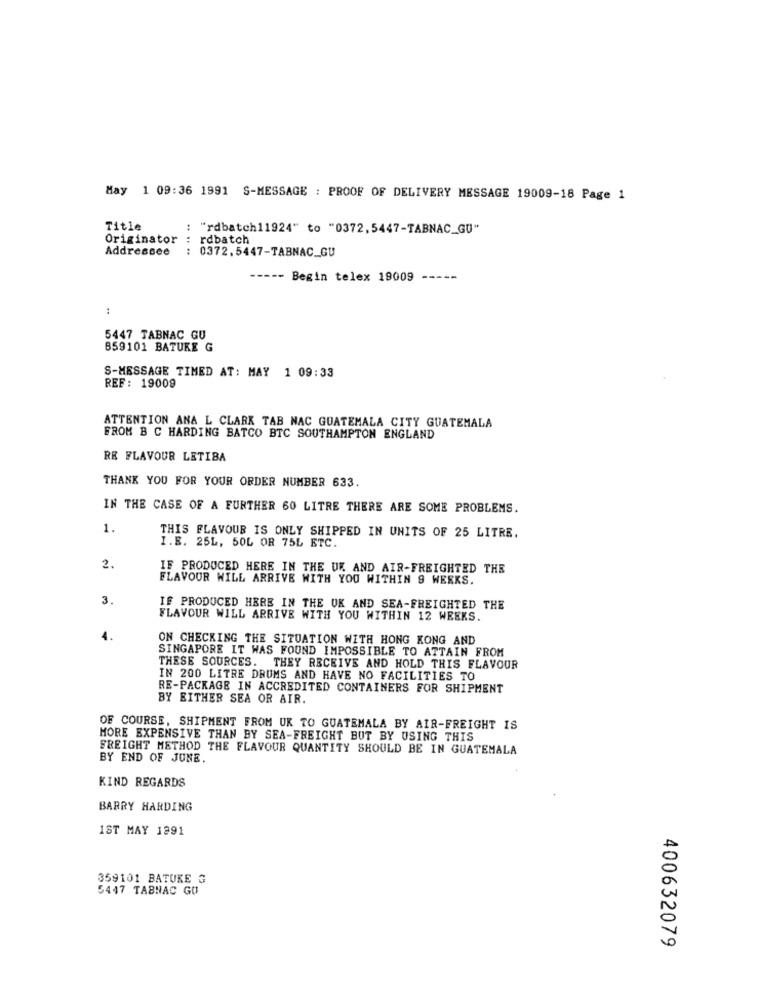
May 1 09:36 1991 S-MESSAGE : PROOF OF DELIVERY MESSAGE 19009-18 Page 1
Title
"rdbatch11924" to "0372,5447-TABNAC_GU"
Originator : rdbatch
Addressee
: 0372.5447-TABNAC_GU
----- Begin telex 19009
:
5447 TABNAC GU
859101 BATURE G
S-MESSAGE TIMED AT: MAY 1 09:33
REF: 19009
ATTENTION ANA L CLARK TAB NAC GUATEMALA CITY GUATEMALA
FROM B C HARDING BATCO BTC SOUTHAMPTON ENGLAND
RE FLAVOUR LETIBA
THANK YOU FOR YOUR ORDER NUMBER 633.
IN THE CASE OF A FURTHER 60 LITRE THERE ARE SOME PROBLEMS.
1.
THIS FLAVOUR IS ONLY SHIPPED IN UNITS OF 25 LITRE.
I.E. 25L, 50L OR 75L ETC.
2.
IF PRODUCED HERE IN THE UK AND AIR-FREIGHTED THE
FLAVOUR WILL ARRIVE WITH YOU WITHIN 9 WEEKS.
3.
IF PRODUCED HERE IN THE UK AND SEA-FREIGHTED THE
FLAVOUR WILL ARRIVE WITH YOU WITHIN 12 WEEKS.
-
ON CHECKING THE SITUATION WITH HONG KONG AND
SINGAPORE IT WAS FOUND IMPOSSIBLE TO ATTAIN FROM
THESE SOURCES. THEY RECEIVE AND HOLD THIS FLAVOUR
IN 200 LITRE DRUMS AND HAVE NO FACILITIES TO
RE-PACKAGE IN ACCREDITED CONTAINERS FOR SHIPMENT
BY EITHER SEA OR AIR.
OF COURSE, SHIPMENT FROM UK TO GUATEMALA BY AIR-FREIGHT IS
MORE EXPENSIVE THAN BY SEA-FREIGHT BUT BY USING THIS
FREIGHT METHOD THE FLAVOUR QUANTITY SHOULD BE IN GUATEMALA
BY END OF JUNE.
KIND REGARDS
BARRY HARDING
IST MAY 1991
359101 BATUKE G
5447 TABNAC GU
400632079